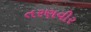
તરણવીર